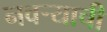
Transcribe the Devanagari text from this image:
नवऱ्याची